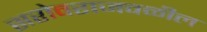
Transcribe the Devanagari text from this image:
सरोवराजवळील